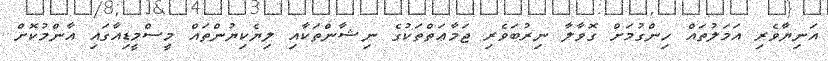
އަނިޔާވެރި އަމަލުތައް ހިންގުމަށް ގޮވާލާ ނިރުބަވެރި ޖަމާޢަތްތަކުގެ ނިޝާންތަކާއި ލިޔެކިޔުންތައް މީސްމީޑިއާގައި އާންމުކޮށް